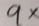
9 x